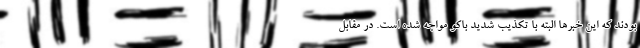
بودند که این خبرها البته با تکذیب شدید باکو مواجه شده است. در مقابل